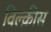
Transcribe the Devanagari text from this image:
विल्क़ीस